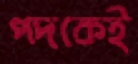
পদকেই